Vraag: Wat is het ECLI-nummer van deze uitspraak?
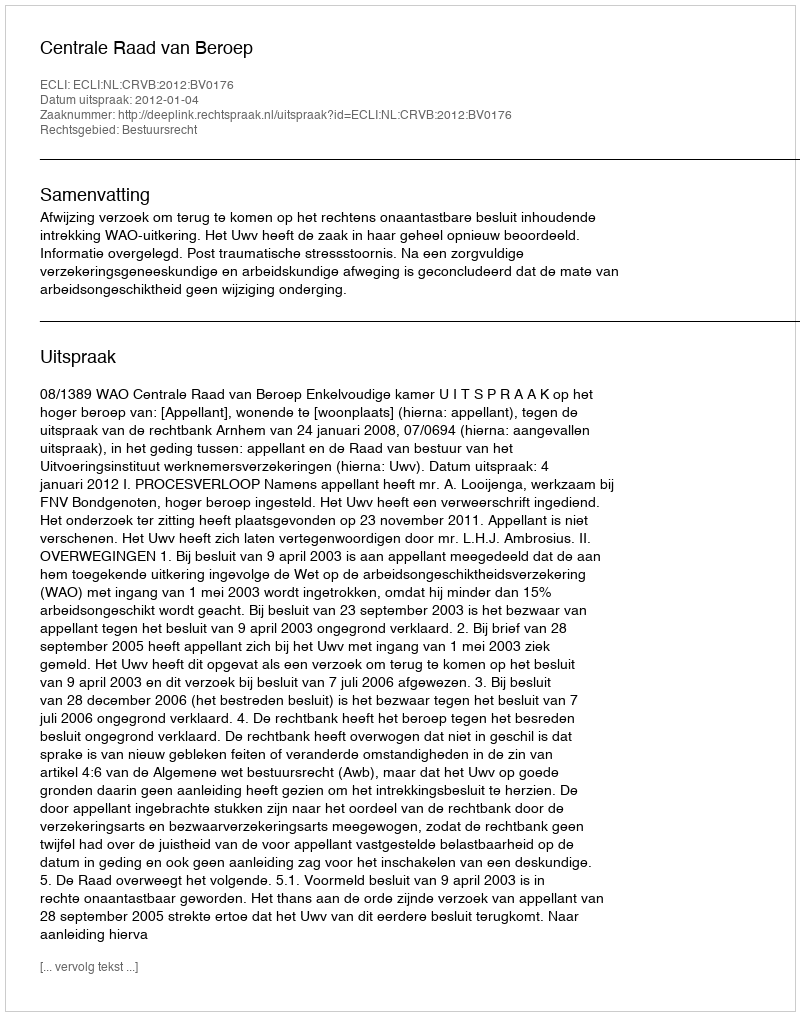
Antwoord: ECLI:NL:CRVB:2012:BV0176